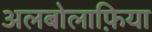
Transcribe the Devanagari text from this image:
अलबोलाफ़िया